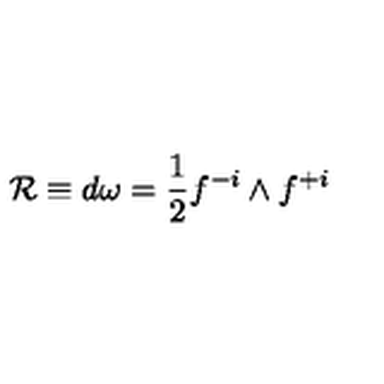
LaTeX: { \cal R } \equiv d \omega = { \frac { 1 } { 2 } } f ^ { - i } \wedge f ^ { + i }